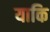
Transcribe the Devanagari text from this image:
याकि